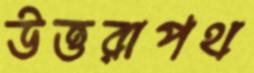
উত্তরাপথ